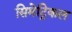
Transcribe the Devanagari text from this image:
सिमेट्रिकल